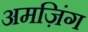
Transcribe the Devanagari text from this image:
अमज़िंग